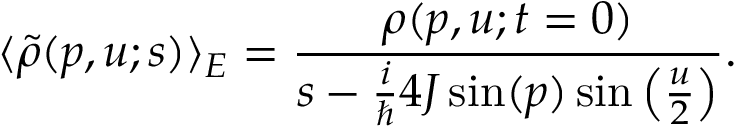
\langle \tilde { \rho } ( p , u ; s ) \rangle _ { E } = \frac { \rho ( p , u ; t = 0 ) } { s - \frac { i } { \hbar } 4 J \sin ( p ) \sin \left( \frac { u } { 2 } \right) } .